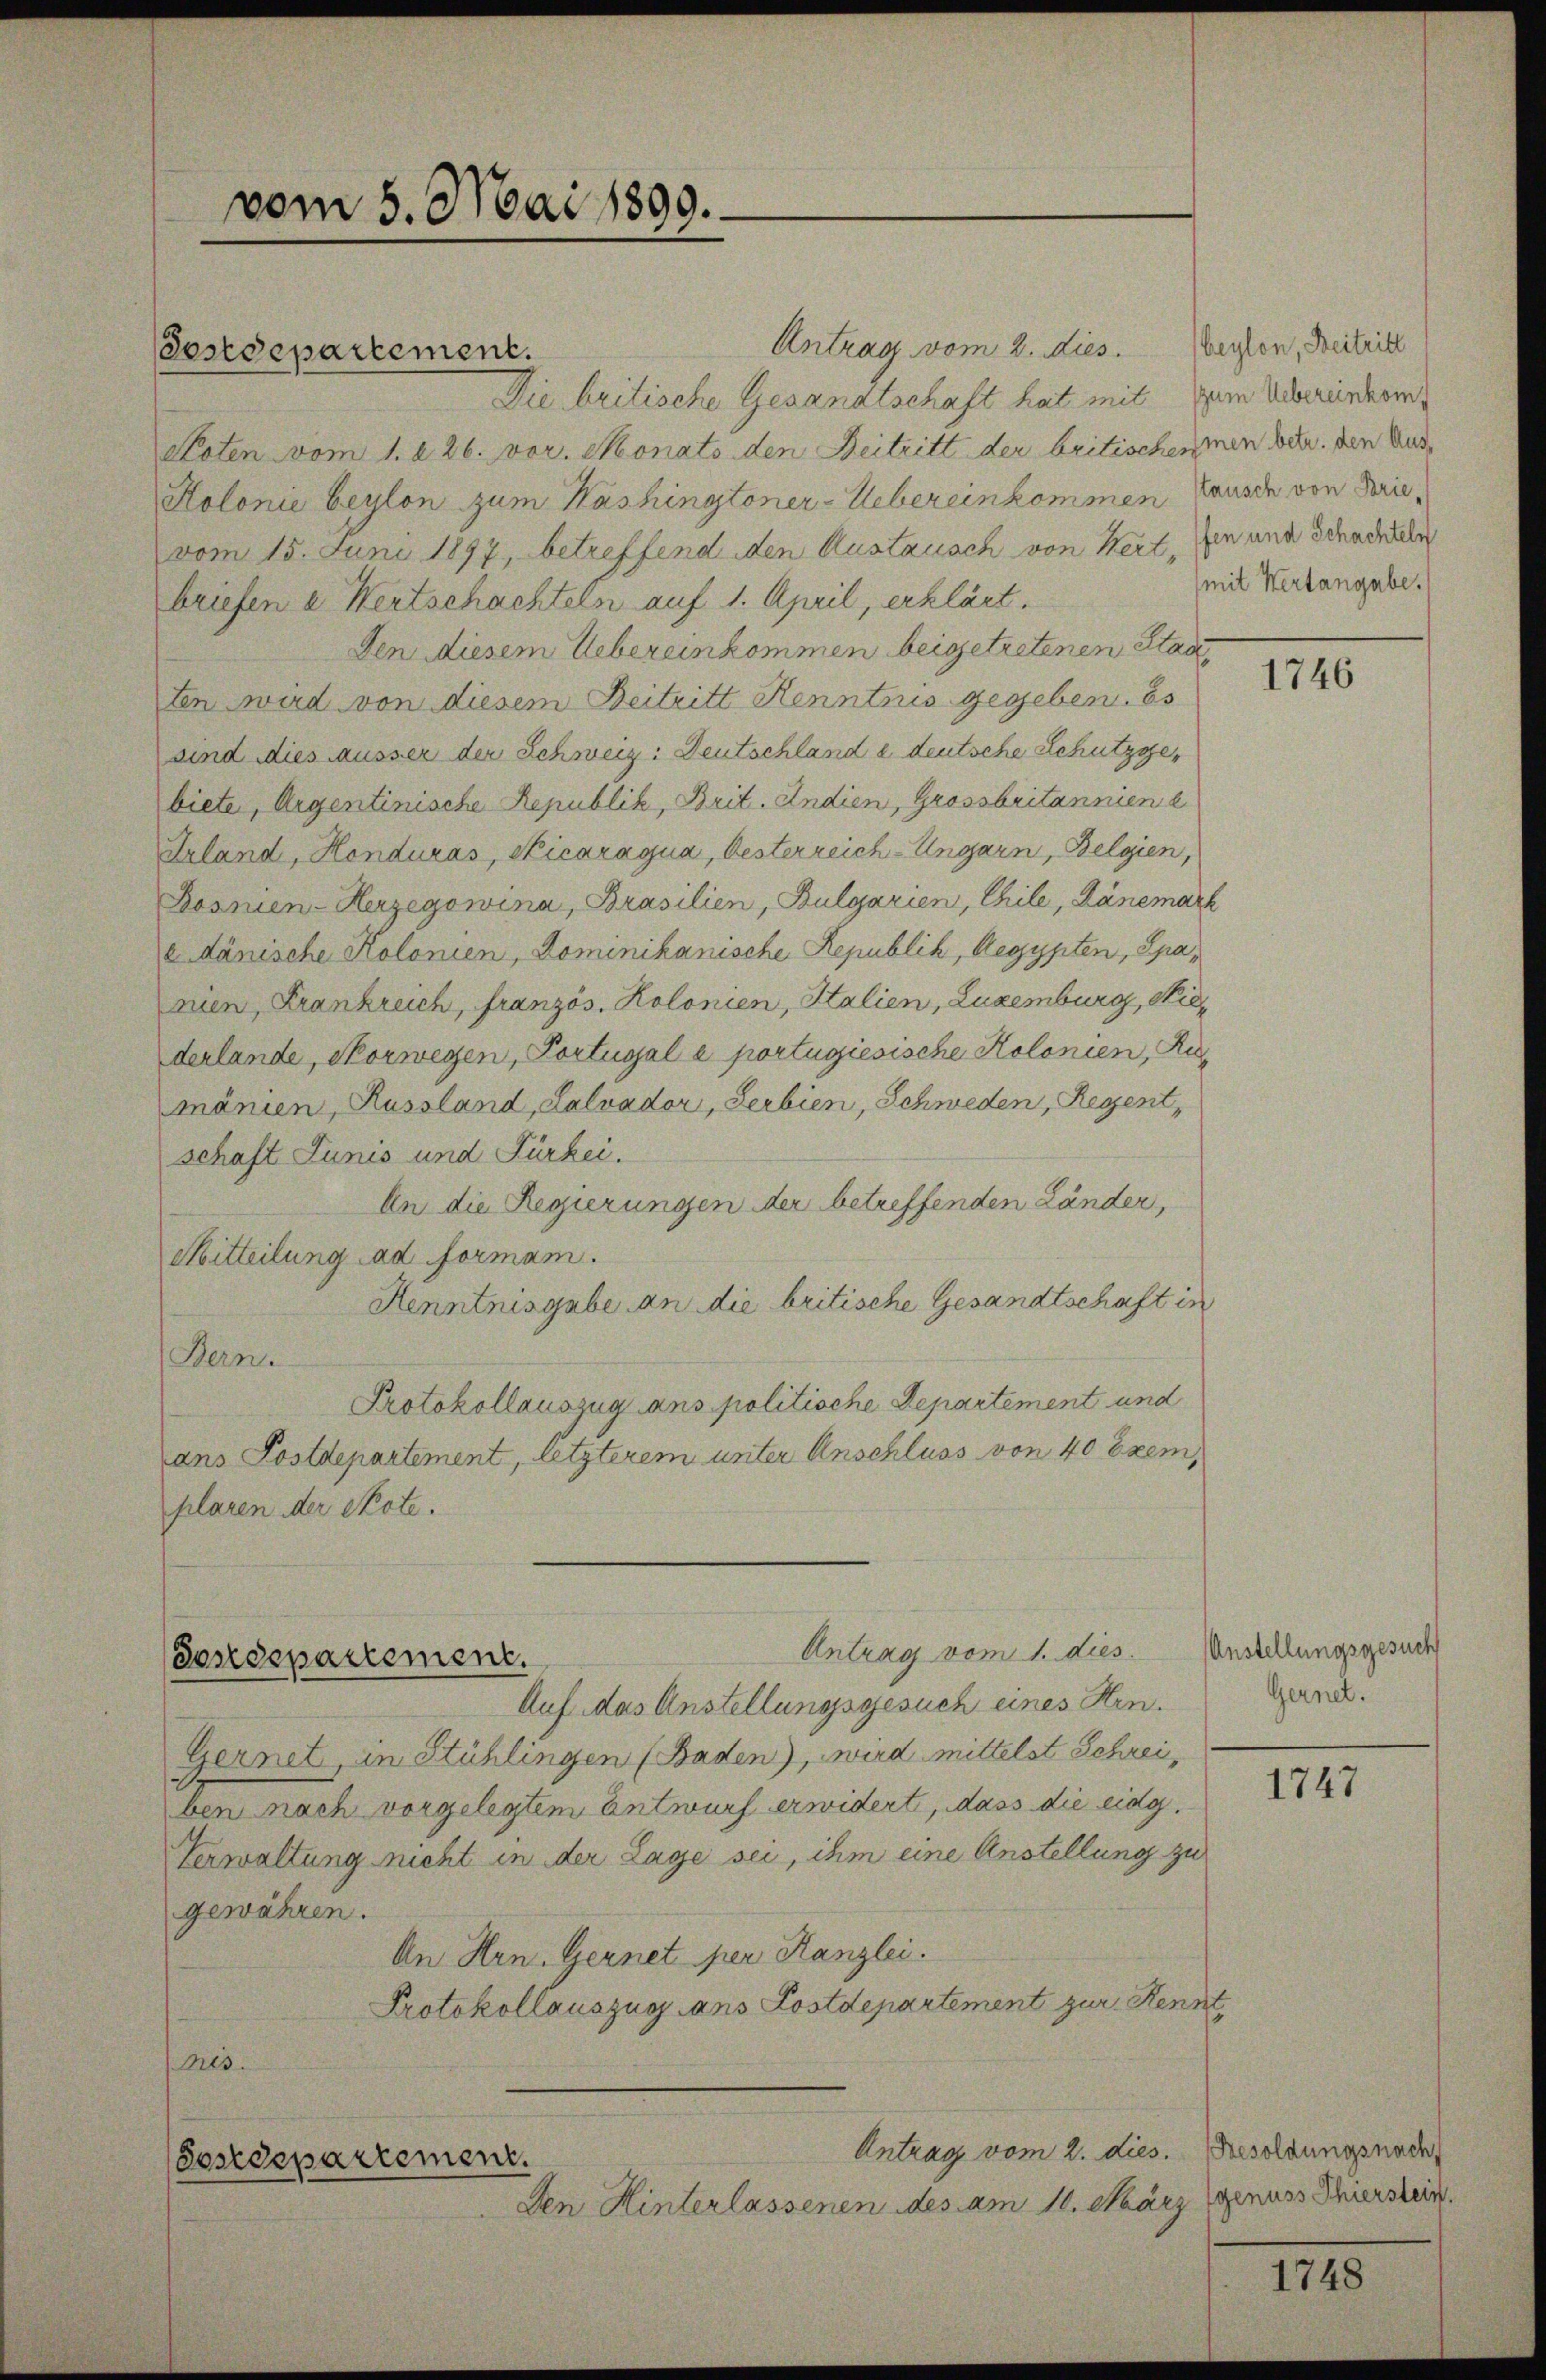
Antrag vom 2. dies. Berton, Beitric
Die britische Gesandtschaft hat mit zum Uebereinkom¬
Noten vom 1. 226. vor. Monats den Beitritt der britischenmen betr. den Aus¬
Kolonie beylon zum Washingtoner-Uebereinkommen Tause von Frievom 15. Juni 1897, betreffend den Austausch von Wert, den und Schaddeln
briefen u Wertschachteln auf 1. April, erklärt.
Den diesem Uebereinkommen beigetretenen Staa
ten wird von diesem Beitritt Kenntnis gegeben. Es
sind dies ausser der Schweiz: Deutschland e deutsche Schutzgebiete, Argentinische Republik, Brit. Indien, Grossbritannien e
Lrland, Honduras, Ficaragua, Oesterreich-Ungarn, Belgien,
Bosnien-Herzegowina, Brasilien, Bulgarien, Chile, Dänemark
a dänische Kolonien, Dominikanische Republik, Aegypten, Spanen, Krankreich, französ. Kolonien, Italien, Luxenburg, Niederlande, Vorwegen, Portugale portugiesische Kolonien, Rumänien, Russland, Lalvador, Serbien, Schweden, Regent
schaft Junis und Fürkei.
An die Regierungen der betreffenden Länder,
Mitteilung ad formam.
Kenntnisgabe an die britische Gesandtschaft in
Bern.
Protokollauszug ans politische Departement und
ans Postdepartement, letzterem unter Anschluss von 40 Exemplaren der Skote.

Auf das Anstellungsgesuch eines Hrn.
Gernet, in Stühlingen (Baden), wird mittelst Schreiben nach vorgelegtem Entwurf erwidert, dass die eidg.
Verwaltung nicht in der Lage sei, ihm eine Anstellung zu
gewähren.
An Hrn. Gernet per Kanzlei.
Protokollauszug ans Postdepartement zur Kennt,
Mts.

vom 5. Mai 1890.

estdepartement.

Sondepartement.

Antrag vom 1. dies. Anstellungsgesuch

Sostdepartement.
Den Hinterlassenen des am 10. März genuss Schwerstein.

Antrag vom 2. dies. Besoldungsnade

(mit Hertangabe.

1746

Gernet.

1747

1748